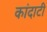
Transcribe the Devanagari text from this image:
कांदाटी